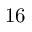
1 6